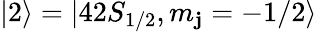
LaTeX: |2\rangle=|42S_{1/2},m_{\mathbf{j}}=-1/2\rangle